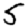
Digit: 5